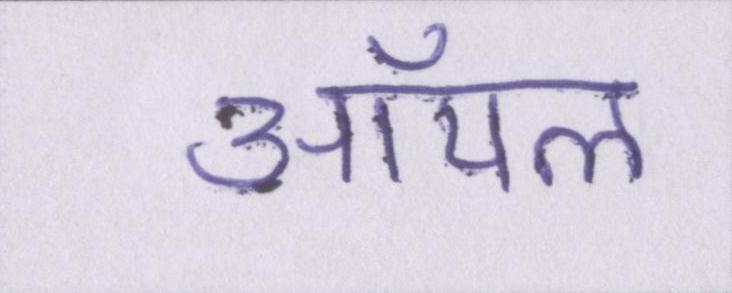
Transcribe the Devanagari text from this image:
ऑयल